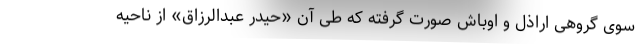
سوی گروهی اراذل و اوباش صورت گرفته که طی آن «حیدر عبدالرزاق» از ناحیه